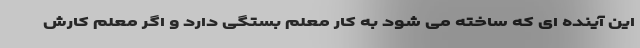
این آینده ای که ساخته می شود به کار معلم بستگی دارد و اگر معلم کارش